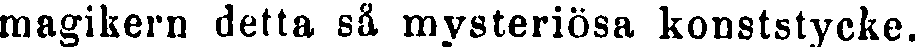
magikern detta så mysteriösa konststycke.